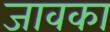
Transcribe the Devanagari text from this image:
जावका